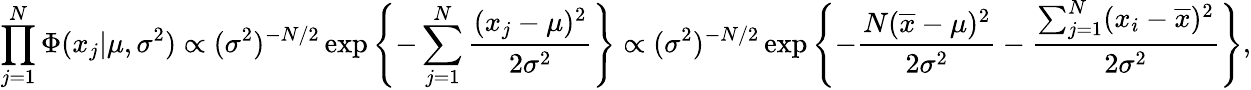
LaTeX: \prod_{j=1}^{N}\Phi(x_{j}|\mu,\sigma^{2})\propto(\sigma^{2})^{-N/2}\exp\left\{ -\sum_{j=1}^{N}\frac{(x_{j}-\mu)^{2}}{2\sigma^{2}}\right\} \propto(\sigma^{2})^{-N/2}\exp\left\{ -\frac{N(\overline{{x}}-\mu)^{2}}{2\sigma^{2}}-\frac{\sum_{j=1}^{N}(x_{i}-\overline{{x}})^{2}}{2\sigma^{2}}\right\} ,